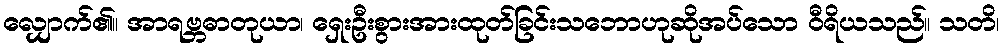
လျှောက်၏။ အာရဗ္ဘဓာတုယာ၊ ရှေးဦးစွားအားထုတ်ခြင်းသဘောဟုဆိုအပ်သော ဝီရိယသည်။ သတိ၊